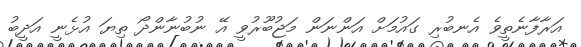
އަރާފާނެތީވެ އެނބުރި ގައުމަށް އަންނަން މަޖުބޫރުވީ އޭ ނުބުނާންދޯ ތިޔަ އުޅެނީ އަދީބު